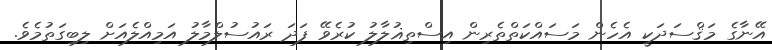
އޭނާގެ މަޤްސަދަކީ އެހެން މަސައްކަތްތެރިން އިސްތިޣުލާލު ކުރެވޭ ފަދަ ރައުސުލްމާލު އަމިއްލެއަށް ލިބިގަތުމެވެ.